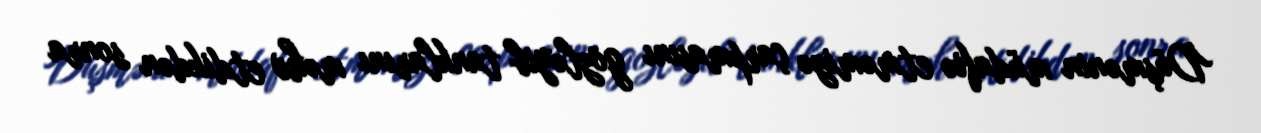
Düşmənin müdafiə etməmizə çarpmasını gözləyib tanklarını məhv etdikdən sonra